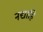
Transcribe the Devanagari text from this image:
नद्याहि